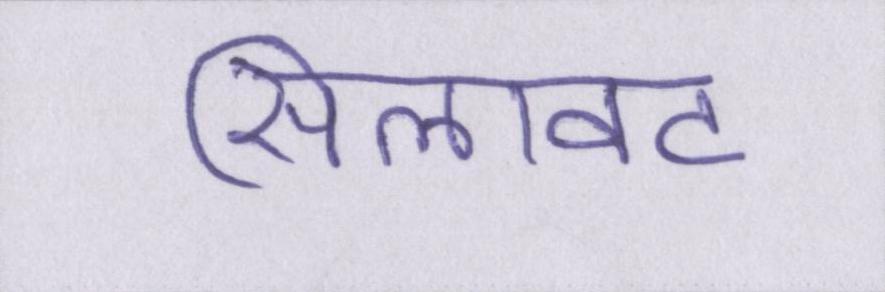
सिलावट